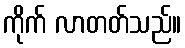
ကိုက် လာတတ်သည်။